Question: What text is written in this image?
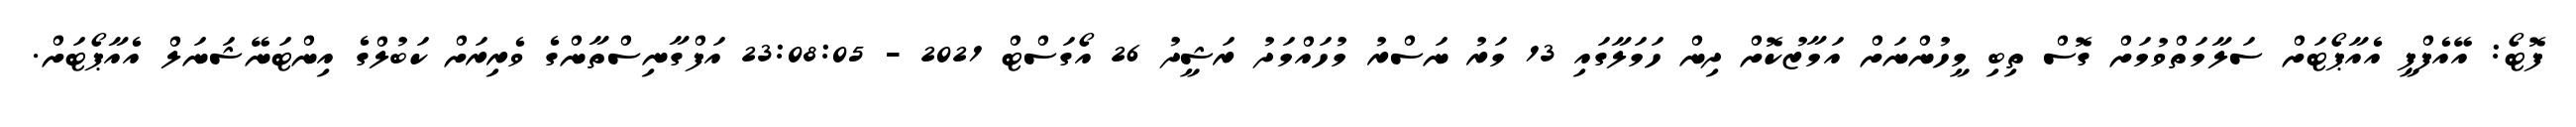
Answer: ފޮޓޯ: އޭއެފްޕީ އެއާޕޯޓަށް ސަލާމަތްވުމަށް ގޮސް ތިބި މީހުންނަށް އަމާޒުކޮށް ދިން ހަމަލާގައި 13 މަރު ނަސްރު މުހައްމަދު ރަޝީދު 26 އޯގަސްޓް 2021 - 23:08:05 އަފްގާނިސްތާންގެ ވެރިރަށް ކަބުލްގެ އިންޓަނޭޝަނަލް އެއާޕޯޓަށް.